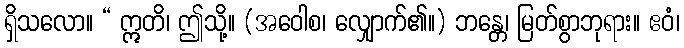
ရှိသလော။ “ ဣတိ၊ ဤသို့။ (အဝေါစ၊ လျှောက်၏။) ဘန္တေ၊ မြတ်စွာဘုရား။ ဧဝံ၊